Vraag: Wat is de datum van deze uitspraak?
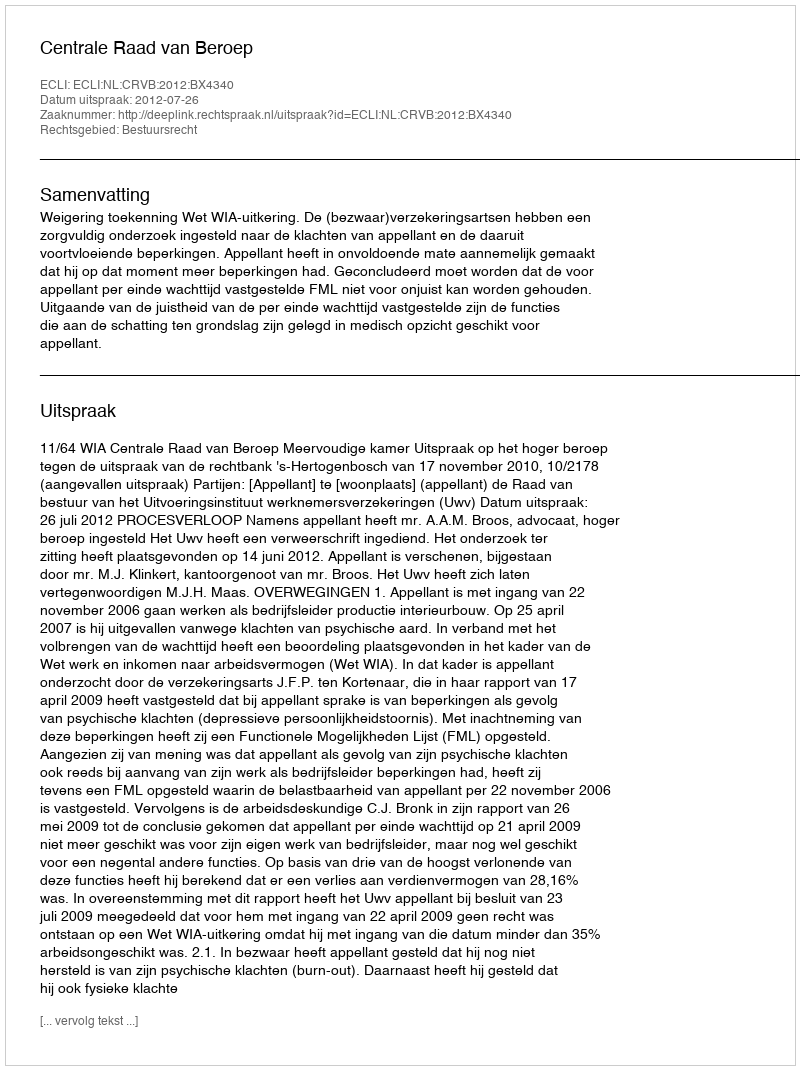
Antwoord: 2012-07-26